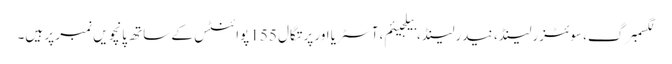
لگسمبرگ، سوئٹزرلینڈ، نیدرلینڈ، بیلجیئم، آسٹریا اور پرتگال 155 پوائنٹس کے ساتھ پانچویں نمبر پر ہیں۔